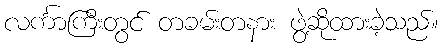
လင်္ကာကြီးတွင် တခမ်းတနား ဖွဲ့ဆိုထားခဲ့သည်။